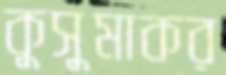
কুসুমাকর